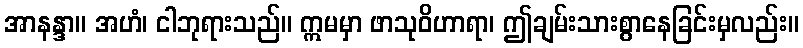
အာနန္ဒာ။ အဟံ၊ ငါဘုရားသည်။ ဣမမှာ ဖာသုဝိဟာရာ၊ ဤချမ်းသားစွာနေခြင်းမှလည်း။